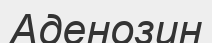
Аденозин